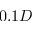
0 . 1 D